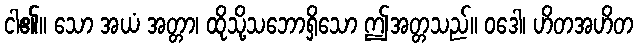
ငါ၏။ သော အယံ အတ္တာ၊ ထိုသို့သဘောရှိသော ဤအတ္တသည်။ ဝဒေါ၊ ဟိတအဟိတ